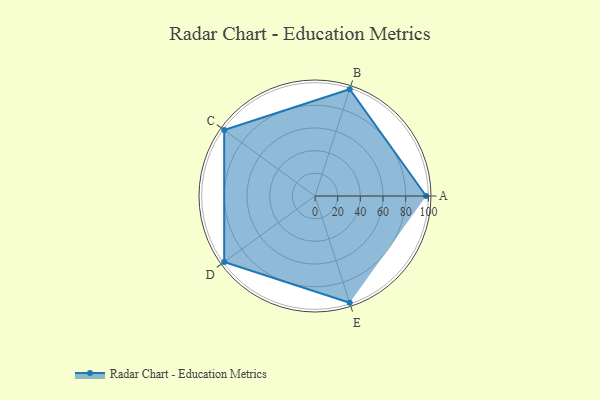
{"axis": {"x": "Skill", "y": "Score"}, "legend": ["Profile"], "data": [{"x": "A", "y": 98.0, "type": "Profile"}, {"x": "B", "y": 99, "type": "Profile"}, {"x": "C", "y": 99, "type": "Profile"}, {"x": "D", "y": 99, "type": "Profile"}, {"x": "E", "y": 99, "type": "Profile"}]}